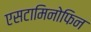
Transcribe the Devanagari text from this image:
एसटामिनोफिन